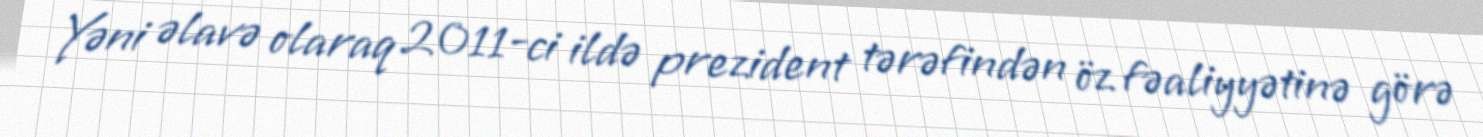
Yəni əlavə olaraq 2011-ci ildə prezident tərəfindən öz fəaliyyətinə görə